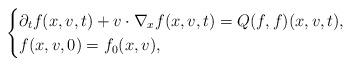
LaTeX: \begin{align*}\begin{cases}\partial_t f(x,v,t)+v\cdot \nabla_x f(x,v,t)=Q(f,f)(x,v,t), \\f(x,v,0)=f_0(x,v),\end{cases}\end{align*}